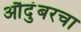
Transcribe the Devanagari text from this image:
औदुंबरचा